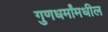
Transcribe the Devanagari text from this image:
गुणधर्मांमधील